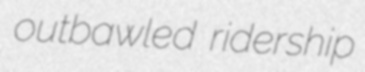
outbawled ridership